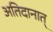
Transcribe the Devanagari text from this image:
अतिदानात्